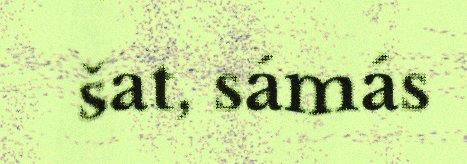
šat, sámás